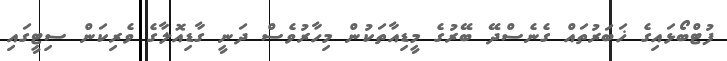
ފުޓްބޯޅައިގެ ޚަބަރުތައް ގެނެސްދޭ ބޭރުގެ މީޑިއާތަކުން މިހާރުވެސް ދަނީ ގާޑިއޮލާގެ ވެރިކަން ސިޓީގައި